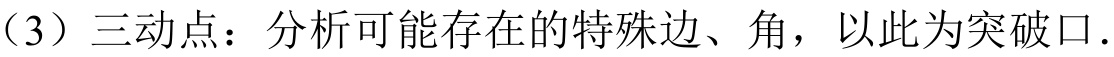
（3）三动点：分析可能存在的特殊边、角，以此为突破口.